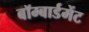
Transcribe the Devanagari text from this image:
बॉम्बार्डमेंट